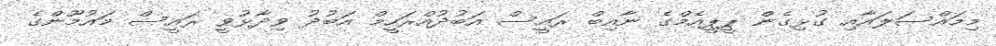
މިމައްސަލައާއި ގުޅިގެން ޕީޕީއެމްގެ ނާއިބް ރައީސް އަބުދުއްރަހީމް އަބުދު ވިދާޅުވީ ރައީސް މައުމޫންގެ